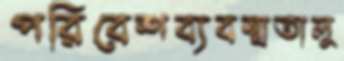
পরিবেশব্যবস্থাতালু